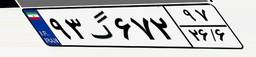
۹۳گ۶۷۲۹۷